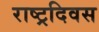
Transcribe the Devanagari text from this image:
राष्ट्रदिवस